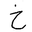
Letter: _kha